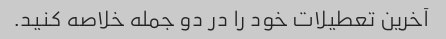
آخرین تعطیلات خود را در دو جمله خلاصه کنید.